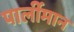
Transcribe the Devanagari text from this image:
पार्लीमान